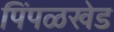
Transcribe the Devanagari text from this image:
पिंपळखेड